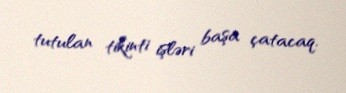
tutulan tikinti işləri başa çatacaq.